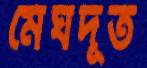
মেঘদূত